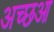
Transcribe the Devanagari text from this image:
अच्छआ